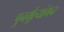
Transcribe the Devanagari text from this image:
पुनर्मूल्यांगन